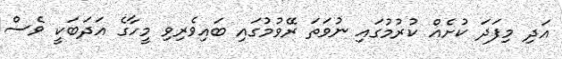
އަދި މިފަދަ ކުށެއް ކުރުމުގައި ނުވަތަ ރޭވުމުގައި ބައިވެރިވި މީހާގެ އަދަބަކީ ވެސް